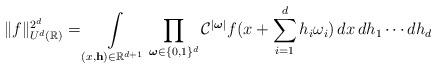
LaTeX: \begin{align*}\Vert f \Vert_{U^{d}(\mathbb{R})}^{2^{d}} = \int\limits_{(x,\mathbf{h}) \in\mathbb{R}^{d+1}} \prod\limits_{\boldsymbol{\omega}\in \{0,1\}^d}\mathcal{C}^{\vert \boldsymbol{\omega} \vert} f(x+\sum\limits_{i=1}^d h_i\omega_i) \, dx\,dh_1\cdots dh_d\end{align*}